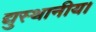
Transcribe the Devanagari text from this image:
द्युस्थानीय।